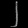
Digit: ၂